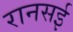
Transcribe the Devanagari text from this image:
रानसई